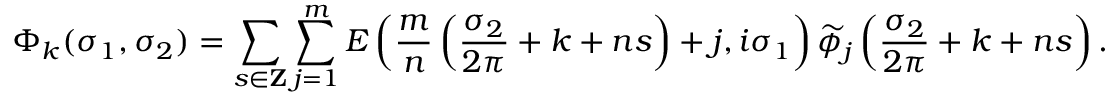
\Phi _ { k } ( \sigma _ { 1 } , \sigma _ { 2 } ) = \sum _ { s \in { \bf Z } } \sum _ { j = 1 } ^ { m } E \left( \frac { m } { n } \left( \frac { \sigma _ { 2 } } { 2 \pi } + k + n s \right) + j , i \sigma _ { 1 } \right) \widetilde { \phi } _ { j } \left( \frac { \sigma _ { 2 } } { 2 \pi } + k + n s \right) .